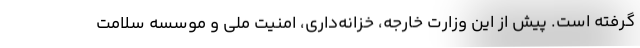
گرفته است. پیش از این وزارت خارجه، خزانه‌داری، امنیت ملی و موسسه سلامت